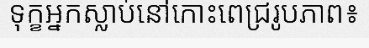
ទុក្ខអ្នកស្លាប់នៅកោះពេជ្ររូបភាព៖